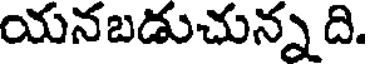
యనబడుచున్న ది.